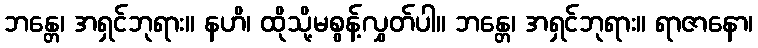
ဘန္တေ၊ အရှင်ဘုရား။ နဟိ၊ ထိုသို့မစွန့်လွှတ်ပါ။ ဘန္တေ၊ အရှင်ဘုရား။ ရာဇာနော၊